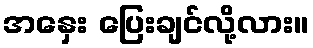
အနှေး ပြေးချင်လို့လား။